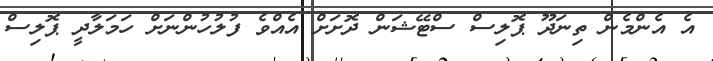
އެ އެންމެން ތިނަދޫ ޕޮލިސް ސްޓޭޝަން ދޮށަށް އެއްވެ ފުލުހުންނަށް ހަމަލާދީ ޕޮލިސް